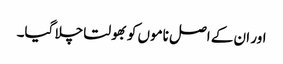
اور ان کے اصل ناموں کو بھولتا چلا گیا۔